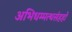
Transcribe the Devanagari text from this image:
अभिधम्मत्थसंहहो